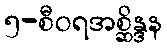
၅-စီဝရအစ္ဆိန္ဒန